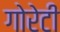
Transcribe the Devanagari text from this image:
गोरेटी